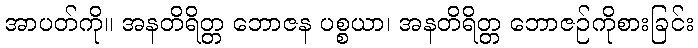
အာပတ်ကို။ အနတိရိတ္တ ဘောဇန ပစ္စယာ၊ အနတိရိတ္တ ဘောဇဉ်ကိုစားခြင်း